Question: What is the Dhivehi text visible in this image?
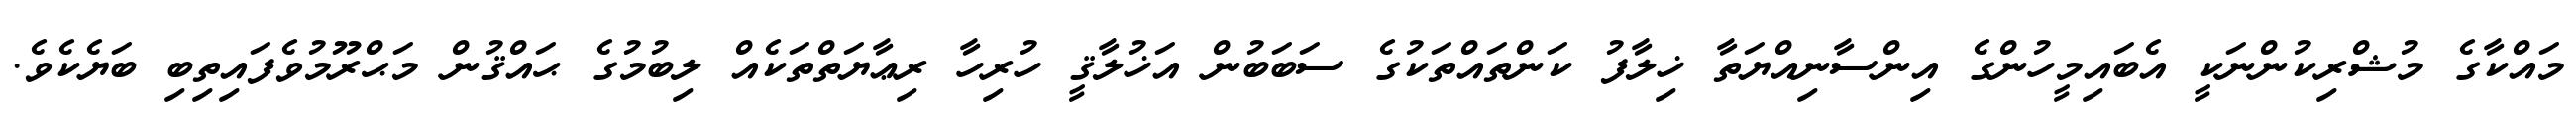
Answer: މައްކާގެ މުޝްރިކުންނަކީ އެބައިމީހުންގެ އިންސާނިއްޔަތާ ޚިލާފު ކަންތައްތަކުގެ ސަބަބުން އަޚުލާޤީ ހުރިހާ ރިޢާޔަތްތަކެއް ލިބުމުގެ ޙައްޤުން މަޙްރޫމުވެފައިތިބި ބަޔެކެވެ.